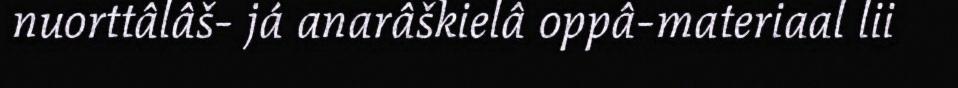
nuorttâlâš- já anarâškielâ oppâ-materiaal lii